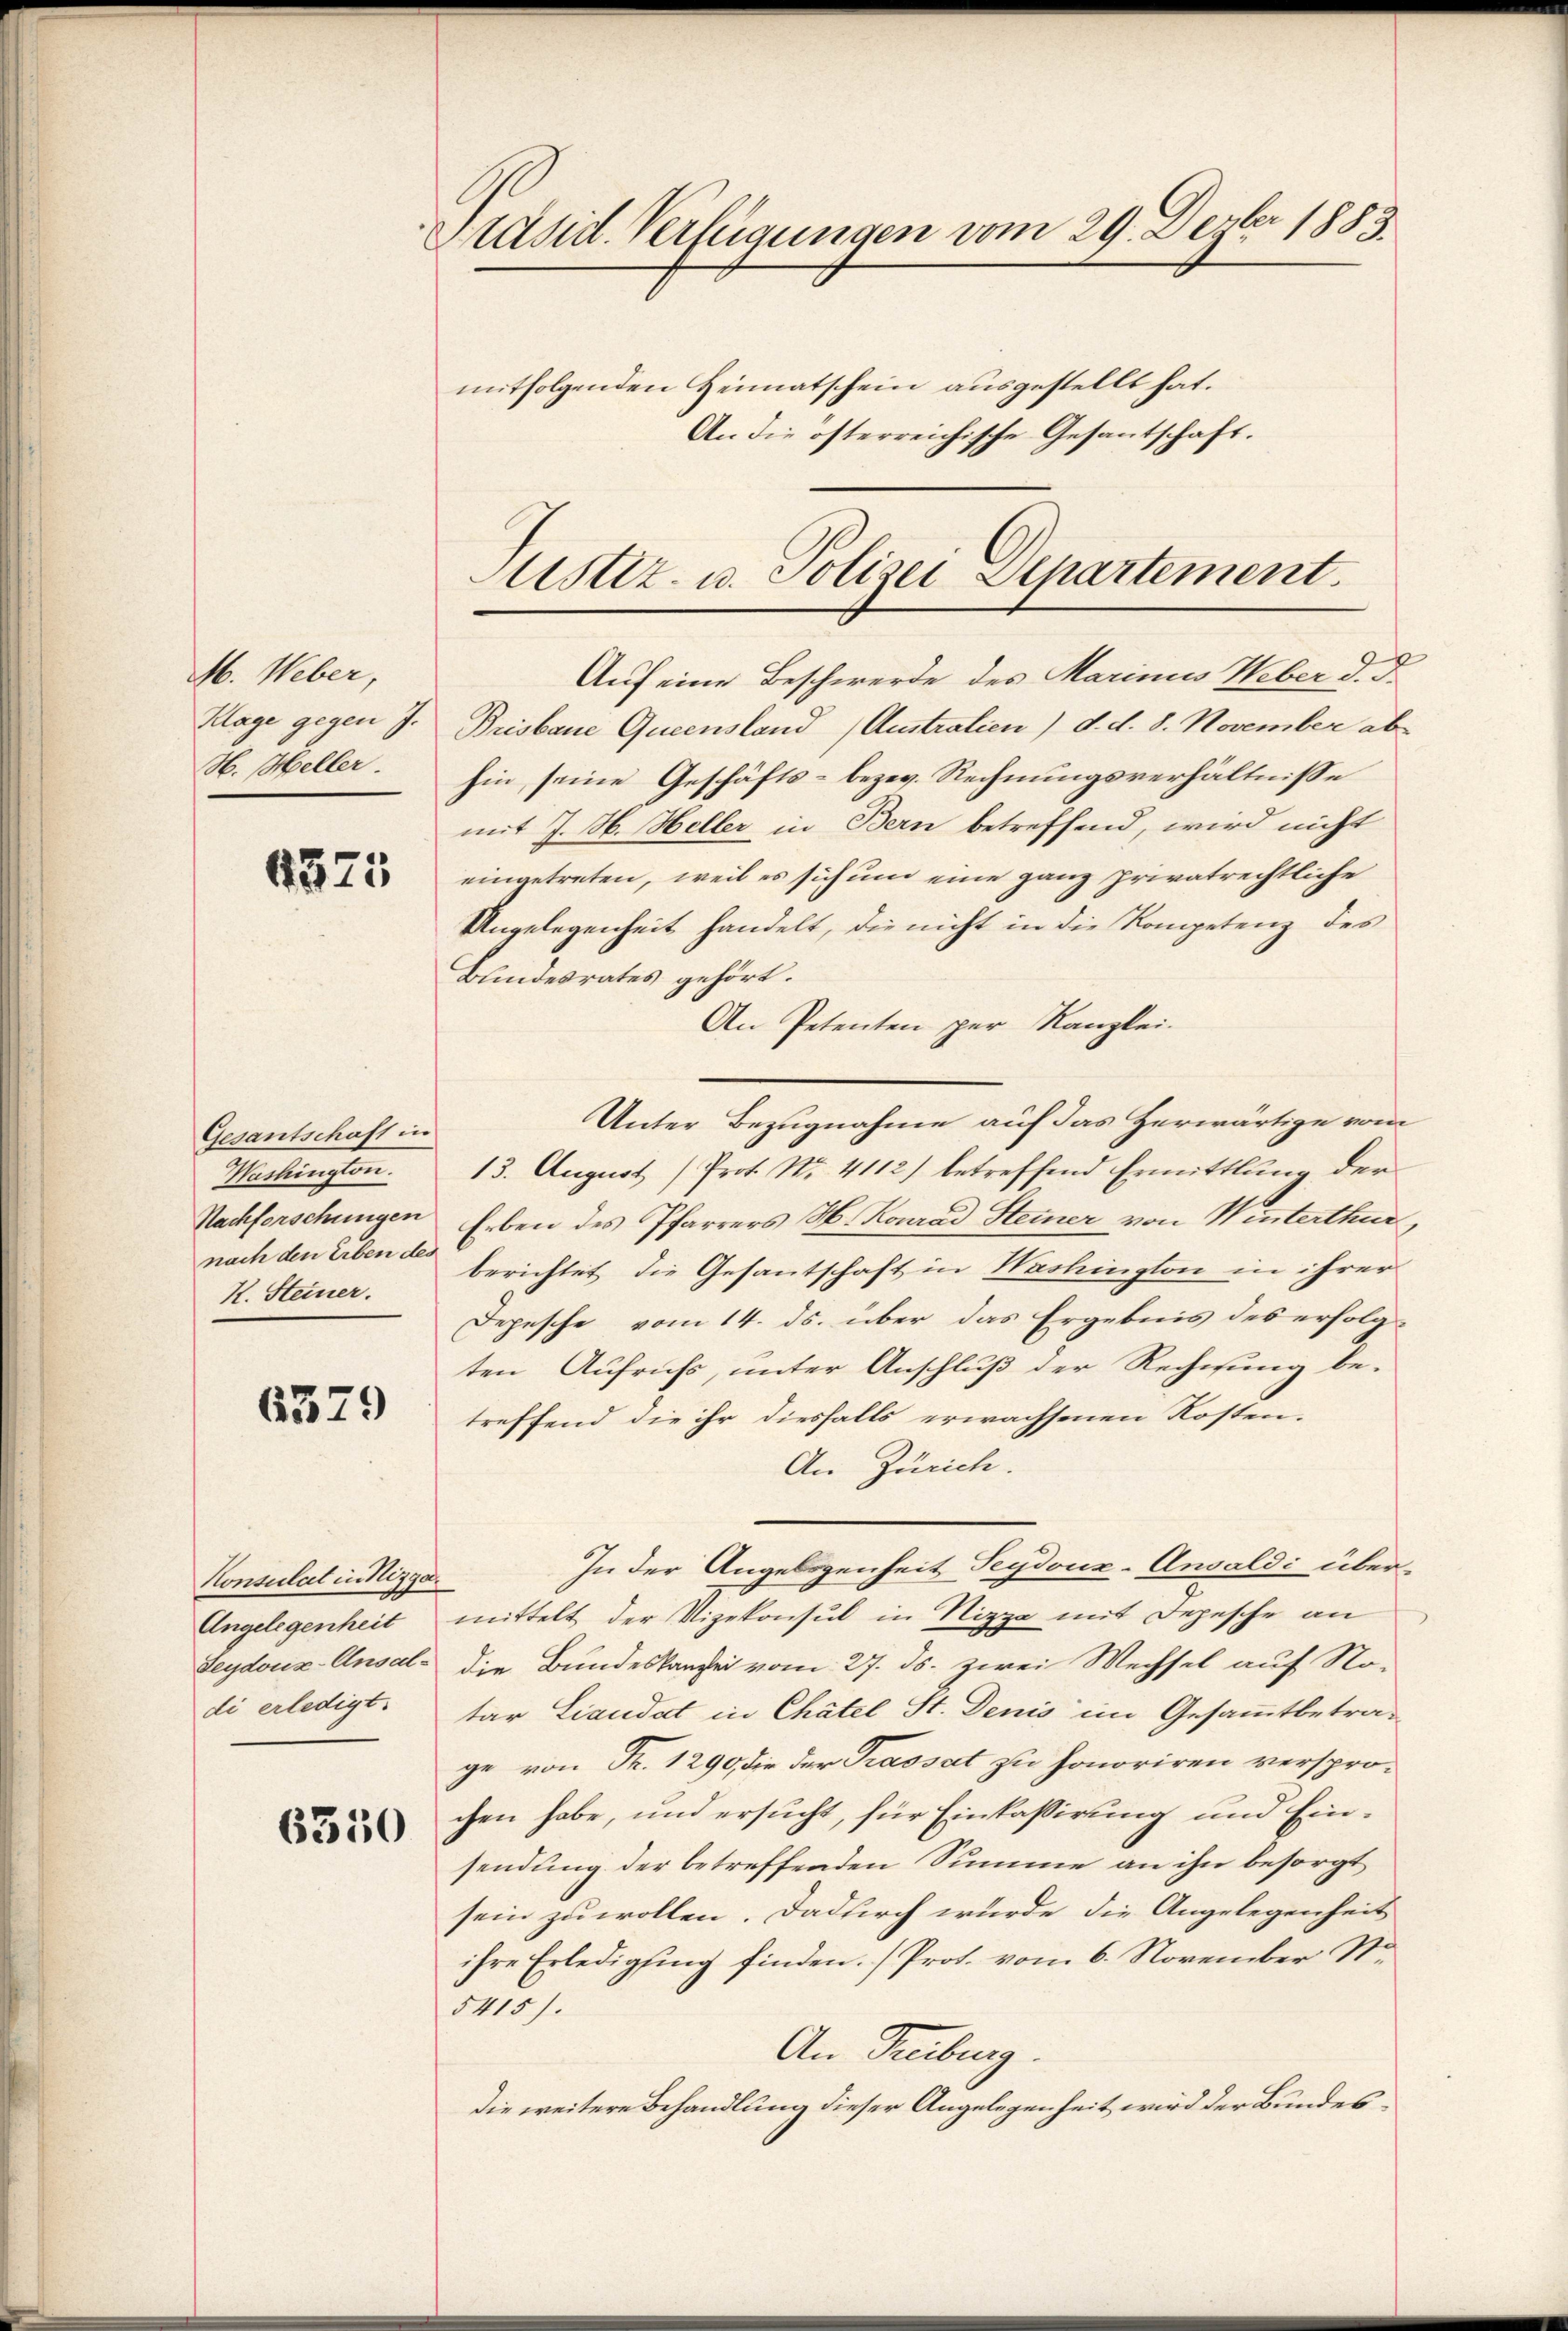
M. Weber,
Klage gegen J.
H. Heller.

4375

Gesantschaft in
Washington.
nach den Erben des
K. Steiner.

6379

Konsulat in Nizza
Angelegenheit
di erledigt.

6350

Präsid. Verfügungen vom 29. Derber 1883.
mitfolgenden Heimatschein ausgestellt hat.
An die österreichische Gesantschaft.

Sistiz- u. Polizei Departement

Auf eine Beschwerde des Marinus Weber d. d.
Brisbare Queensland (Austratien) d. d. 8. November ab
hin, seine Geschäfts- bezw. Rechnungsverhältnisse
mit J. H. Heller in Bern betreffend, wird nicht
eingetreten, weil es sich um eine ganz privatrechtliche
Ungelegenheit handelt, die nicht in die Kompetenz des
Bundesrates gehört.
An Petenten per Kanzlei-
Unter Bezugnahme auf das Herwärtige vom
13. August Prot. No. 4112) betreffend Ermittlung der
Nachforschungen Erben des Pfarrers H. Konrad Steiner von Winterthur,
berichtet die Gesantschaft in Washington in ihrer
Depesche vom 14. ds. über das Ergebnis des erfolgten Aufruchs, unter Anschluß der Rechnung be-
treffend die ihr diesfalls erwachsenen Kosten.
An Zürich.
In der Angelegenheit Seydouz-Ansaldi übermittelt der Vizekonsul in Nizza mit Depesche an
Leydouz-Ansal die Bundeskanzlei vom 27. ds. zwei Wechsel auf Notar Laudat in Chätel St. Denis im Gesammtbetrage von Fr. 1290, die der Trassat zu honoriren versprochen habe, und ersucht, für Einkassirung und Einsendung der betreffenden Summe an ihn besorgt
sein zu wollen. Dadurch wurde die Angelegenheit
ihre Erledigung finden. (Prot. vom 6. November St.
5415).
An Freiburg.
die weitere Behandlung dieser Angelegenheit wird der Bundes¬